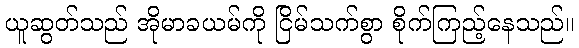
ယူဆွတ်သည် အိုမာခယမ်ကို ငြိမ်သက်စွာ စိုက်ကြည့်နေသည်။